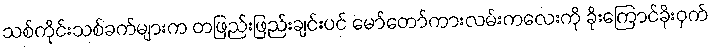
သစ်ကိုင်းသစ်ခက်များက တဖြည်းဖြည်းချင်းပင် မော်တော်ကားလမ်းကလေးကို ခိုးကြောင်ခိုးဝှက်